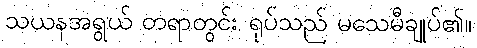
သယနအရွယ် တရာတွင်း ရုပ်သည် မသေမီချုပ်၏။